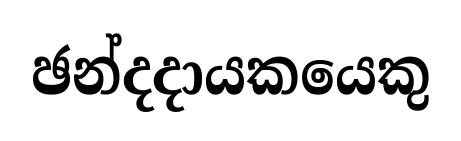
ඡන්දදායකයෙකු